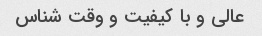
عالی و با کیفیت و وقت شناس